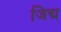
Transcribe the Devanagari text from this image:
जिद्म